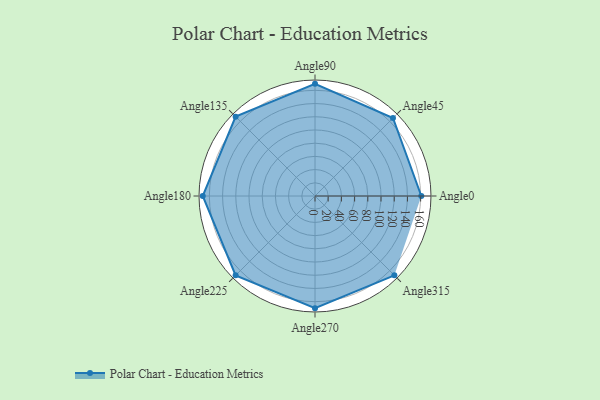
{"axis": {"x": "Angle", "y": "Radius"}, "legend": [""], "data": [{"x": "Angle0", "y": 161.0, "type": ""}, {"x": "Angle45", "y": 167.0, "type": ""}, {"x": "Angle90", "y": 170, "type": ""}, {"x": "Angle135", "y": 170, "type": ""}, {"x": "Angle180", "y": 170, "type": ""}, {"x": "Angle225", "y": 170, "type": ""}, {"x": "Angle270", "y": 170, "type": ""}, {"x": "Angle315", "y": 170, "type": ""}]}